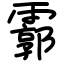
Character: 霩